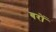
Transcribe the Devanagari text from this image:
बरों